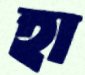
হা